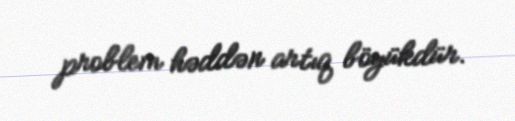
problem həddən artıq böyükdür.